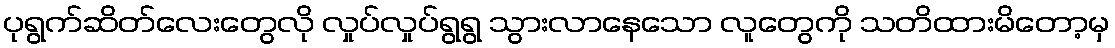
ပုရွက်ဆိတ်လေးတွေလို လှုပ်လှုပ်ရွရွ သွားလာနေသော လူတွေကို သတိထားမိတော့မှ